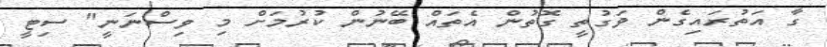
ގާ އަތުރައިގެން ވަގުތީ ގޮތުން އެތައް ބޭނުން ކުރުމަށް މި ވިސްނަނީ" ސިޓީ